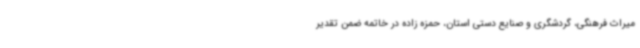
میراث فرهنگی، گردشگری و صنایع دستی استان، حمزه زاده در خاتمه ضمن تقدیر